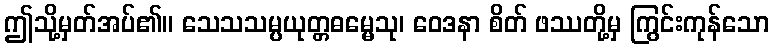
ဤသို့မှတ်အပ်၏။ သေသသမ္ပယုတ္တဓမ္မေသု၊ ဝေဒနာ စိတ် ဖဿတို့မှ ကြွင်းကုန်သော